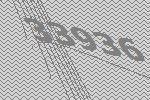
33936